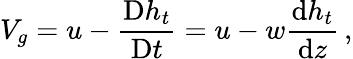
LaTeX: V_{g}=u-\frac{\textnormal{D}h_{t}}{\textnormal{D}t}=u-w\frac{\textnormal{d}h_{t}}{\textnormal{d}z}\, ,